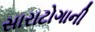
સારાટોગાની